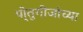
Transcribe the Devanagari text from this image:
पो्तुगीजांच्या